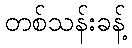
တစ်သန်းခန့်